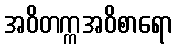
အဝိတက္ကအဝိစာရော